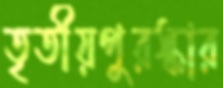
তৃতীয়পুরস্কার